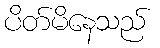
ပိတ်မိနေသည်